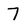
Character: 7